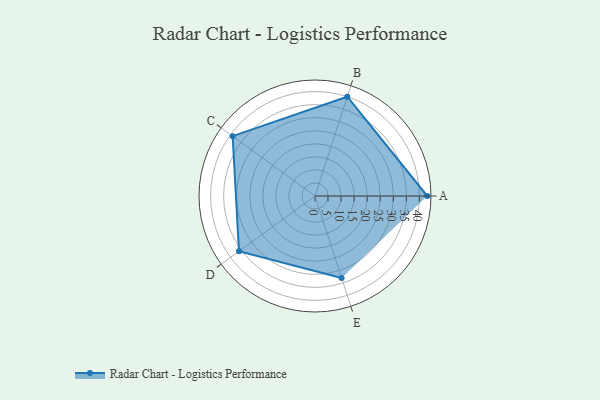
{"axis": {"x": "Skill", "y": "Score"}, "legend": ["Profile"], "data": [{"x": "A", "y": 43.0, "type": "Profile"}, {"x": "B", "y": 40.0, "type": "Profile"}, {"x": "C", "y": 39.0, "type": "Profile"}, {"x": "D", "y": 36.0, "type": "Profile"}, {"x": "E", "y": 33.0, "type": "Profile"}]}